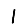
Digit: 1